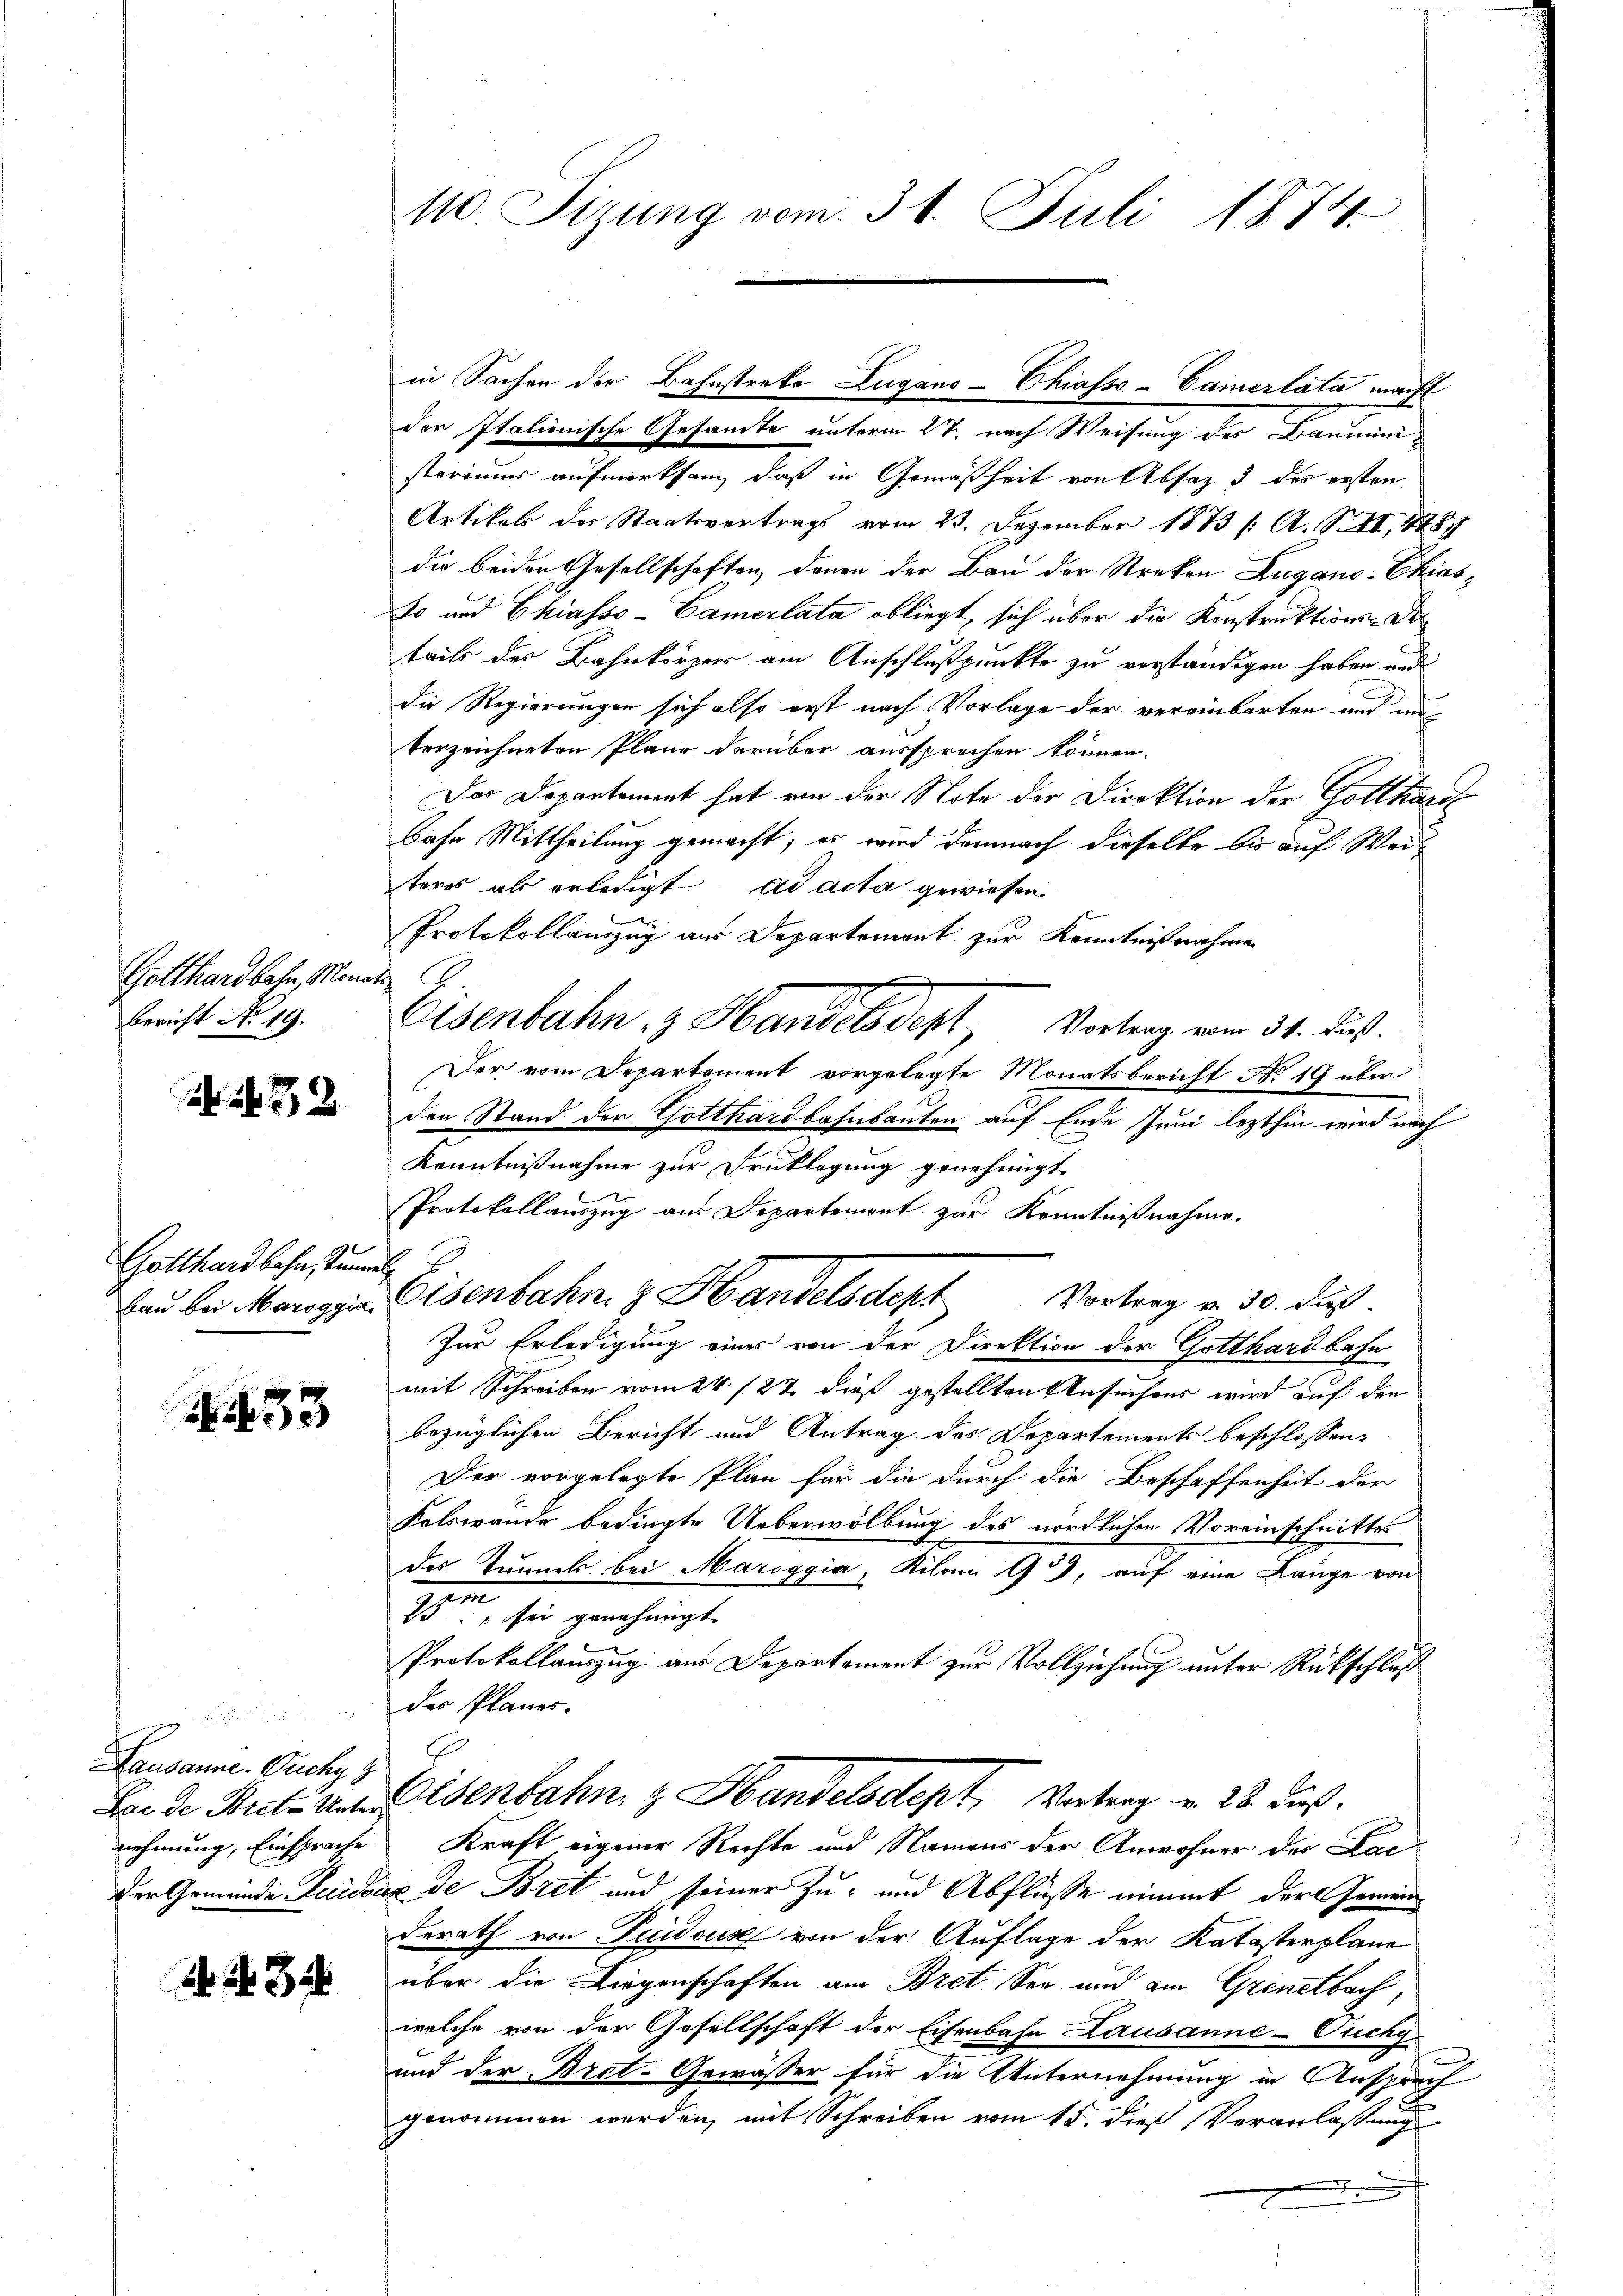
Gotthardbahn, Monate
Bericht No 19.

32

Gotthardbahn, Kammel

N433

Lausanne - Ouchy g

3

der Italienische Gesamte unterm 27. nach Weisung des Bauministerimer aufmerksam, daß in Gemäßheit von Absatz 3 des ersten
Artikel des Staatsvertrags vom 23. Dezember 1873 /: A. S. 448
die beiden Gesellschaften denen der Bau der Streken Zugano-Chias¬
So und Chiasso-Camerlata obliegt sich über die Konstruktions-Deteils der Bahnkörper am Anschlußpunkte zu verständigen haben und
die Regierungen sich also erst nach Vorlage der vereinbarten und um
terzeichneten Plane darüber aussprechen können.
Der Departement hat von der Note der Direktion der Gotthard
bahn Mittheilung gemacht; es wird demnach dieselbe bis auf Weiteres als erledigt ad acta gewiesen.
Protokollauszug aus Departement zur Kenntnißnahmen
Osenbahn, z. Handelsdept Vortrag vom 31. dus.
Der vom Departement vorgelegte Monatsbericht No 19 über
den Stand der Gotthardbahnbauten auf Ende Juni lezthin wird nach
Kenntnißnahme zur Drucklegung genehmigt.
Protokollauszug aus Departement zur Kenntnißnahme.
bau bei Maroggia Eisenbahn z. Handelsdept Vortrag v. 30. dieß.
Zur Erledigung eines von der Direktion der Gotthardbahn
mit Schreiben vom 24. 122 dieß gestellten Ansuchens wird auf den
bezüglichen Bericht und Antrag des Departements beschlossen:
Der vorgelegte Plan für die durch die Beschaffenheit der
Felswande bedingte Ueberwölbung des nördlichen Voreinschnittes
des Tunnels bei Maroggia, Kilonn 99, auf eine Länge von
25ten sei genehmigt.
Protokollauszug aus Departement zur Vollziehung unter Rückschlaß
der Planes.
Leide Stutz des Eisenbahn z. Handelsdept, Vertrag v. 28. dieß.
nehmung, Einsprache Kraft eigener Rechte und Namens der Anwohner der Fac
der Gemeinde Luidoax de Bret und seiner Zu- und Abflüsse nimmt der Gemeinderath von Tuideus von der Auflage der Katasterplane
über die Liegenschaften am Bret See und am Grenetbach,
welche von der Gesellschaft der Eisenbahn Lausanne-Ouchy.
.
und der Bret-Gewässer für die Unternehmung in Ansprach
genommen werden, mit Schreiben vom 15. dieß Veranlassung

110. Sizung vom 31. Juli 1874.

in Sachen der Bahnstreke Lugano-Chiasso-Camerlata macht